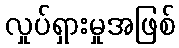
လှုပ်ရှားမှုအဖြစ်